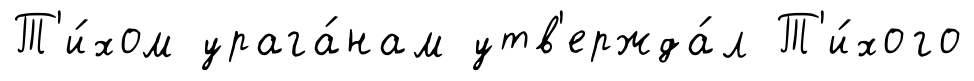
Т'и́хом урага́нам утв'ержда́л Т'и́хого